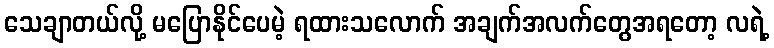
သေချာတယ်လို့ မပြောနိုင်ပေမဲ့ ရထားသလောက် အချက်အလက်တွေအရတော့ လရဲ့